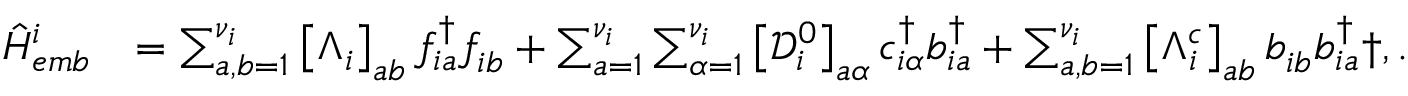
\begin{array} { r l } { \hat { H } _ { e m b } ^ { i } } & { = \sum _ { a , b = 1 } ^ { { \nu } _ { i } } \left[ \Lambda _ { i } \right] _ { a b } f _ { i a } ^ { \dagger } f _ { i b } ^ { \phantom { \dagger } } + \sum _ { a = 1 } ^ { { \nu } _ { i } } \sum _ { \alpha = 1 } ^ { \nu _ { i } } \left[ \mathcal { D } _ { i } ^ { 0 } \right] _ { a \alpha } c _ { i \alpha } ^ { \dagger } b _ { i a } ^ { \dagger } + \sum _ { a , b = 1 } ^ { { \nu } _ { i } } \left[ \Lambda _ { i } ^ { c } \right] _ { a b } b _ { i b } ^ { \phantom { \dagger } } b _ { i a } ^ { \dagger } \dag , . } \end{array}